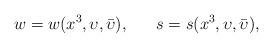
LaTeX: \begin{align*}w=w(x^{3}, \upsilon, \bar{\upsilon}), ~~~~~s=s(x^{3}, \upsilon, \bar{\upsilon}),\end{align*}